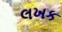
લખક